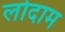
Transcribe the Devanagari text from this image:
लोदाम